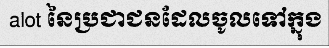
alot នៃប្រជាជនដែលចូលទៅក្នុង